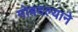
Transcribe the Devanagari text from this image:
मोबदल्याने